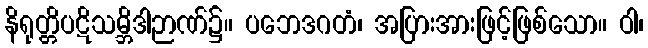
နိရုတ္တိပဋိသမ္ဘိဒါဉာဏ်၌။ ပဘေဒဂတံ၊ အပြားအားဖြင့်ဖြစ်သော။ ဝါ၊